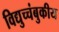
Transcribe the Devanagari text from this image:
विद्युच्चंबुकीय